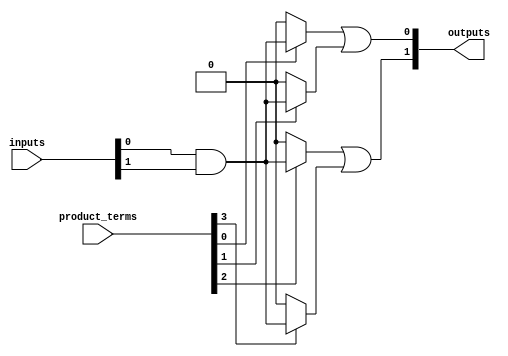
module hs_pal (
    input wire [N-1:0] inputs,           // N input pins
    input wire [M-1:0] product_terms,     // M programmable product terms
    output wire [P-1:0] outputs           // P output pins
);

// Parameters
parameter N = 8; // Number of input pins
parameter M = 4; // Number of programmable product terms
parameter P = 2; // Number of output pins

// Internal signals
wire [M-1:0] and_out;                   // Outputs from programmable AND array
wire [P-1:0] or_out;                    // Outputs from fixed OR array

// Programmable AND array
genvar i;
generate
    for (i = 0; i < M; i = i + 1) begin : and_array
        assign and_out[i] = (product_terms[i]) ? (inputs[0] & inputs[1]) : 1'b0; // Example AND operation
    end
endgenerate

// Fixed OR array
assign or_out[0] = and_out[0] | and_out[1]; // Example OR operation for output 0
assign or_out[1] = and_out[2] | and_out[3]; // Example OR operation for output 1

// Output assignment
assign outputs = or_out;

endmodule